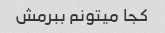
کجا میتونم ببرمش